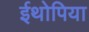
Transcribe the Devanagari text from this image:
ईथोपिया